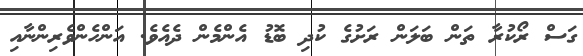
ގަސް ރޯކުރާ ތަން ބަލަން ރަށުގެ ކުދި ބޮޑު އެންމެން ދެއެވެ. އަންހެންވެރިންނާއި